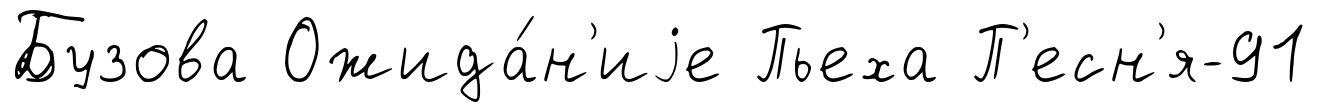
Бузова Ожида́н'иjе Пьеха П'есн'я-91